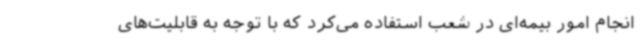
انجام امور بیمه‌ای در شعب استفاده می‌کرد که با توجه به قابلیت‌های